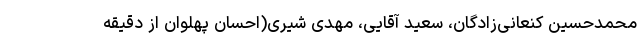
محمدحسین کنعانی‌زادگان، سعید آقایی، مهدی شیری(احسان پهلوان از دقیقه